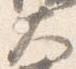
大